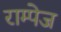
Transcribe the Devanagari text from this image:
राम्पेज